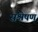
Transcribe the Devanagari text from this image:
संश्वेषण